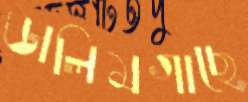
ডালিমগাছে